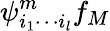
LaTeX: \psi_{i_{1}\cdots i_{l}}^{m}f_{M}